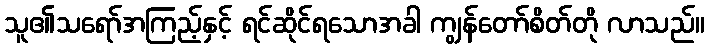
သူ၏သရော်အကြည့်နှင့် ရင်ဆိုင်ရသောအခါ ကျွန်တော်စိတ်တို လာသည်။